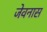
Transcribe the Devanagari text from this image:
जेवनास